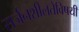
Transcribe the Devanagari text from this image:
सर्जनशीलतेविषयी